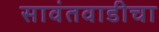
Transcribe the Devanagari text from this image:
सावंतवाडीचा